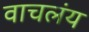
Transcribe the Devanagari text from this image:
वाचलंय